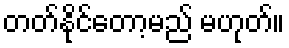
တတ်နိုင်တော့မည် မဟုတ်။